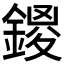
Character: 𨩻